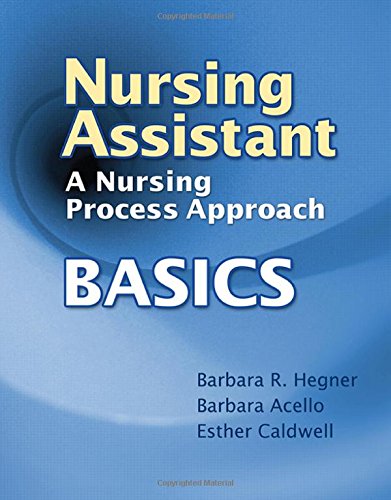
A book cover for Nursing Assistant: A Nursing Process Approach - Basics; Barbara Hegner; Medical Books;